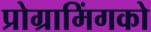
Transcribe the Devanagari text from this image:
प्रोग्रामिंगको